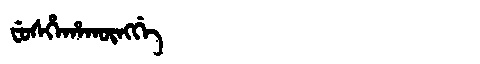
Manchu: ᠸᡠᠰᡥᡝᡥᠠᡴᡡᠩᡤᡝ
Romanization: FUSHEHAKŪNGGE